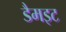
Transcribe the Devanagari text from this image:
डैमइट